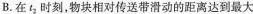
B.在t_{2}时刻，物块相对传送带滑动的距离达到最大